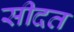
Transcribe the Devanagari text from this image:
सीदत